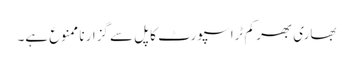
بھاری بھر کم ٹراسپورٹ کا پل سے گزارنا ممنوع ہے۔